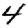
Digit: 4